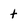
Character: t